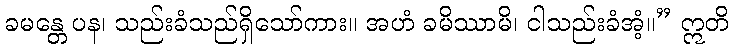
ခမန္တေ ပန၊ သည်းခံသည်ရှိသော်ကား။ အဟံ ခမိဿာမိ၊ ငါသည်းခံအံ့။” ဣတိ